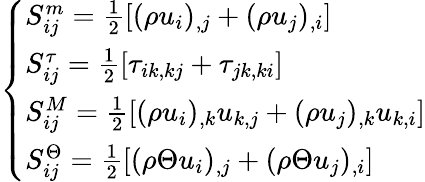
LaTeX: \left\{ \begin{array}{ll}{S_{ij}^{m}=\frac{1}{2}[(\rho u_{i})_{,j}+(\rho u_{j})_{,i}]}\\ {S_{ij}^{\tau}=\frac{1}{2}[\tau_{ik,kj}+\tau_{jk,ki}]}\\ {S_{ij}^{M}=\frac{1}{2}[(\rho u_{i})_{,k}u_{k,j}+(\rho u_{j})_{,k}u_{k,i}]}\\ {S_{ij}^{\Theta}=\frac{1}{2}[(\rho\Theta u_{i})_{,j}+(\rho\Theta u_{j})_{,i}]}\end{array}\right.